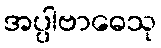
အပ္ပါဗာဓေသု